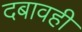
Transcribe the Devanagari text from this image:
दबावही